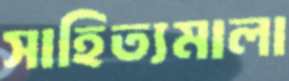
সাহিত্যমালা